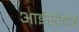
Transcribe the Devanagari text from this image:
आईसीबीई